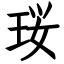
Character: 珱